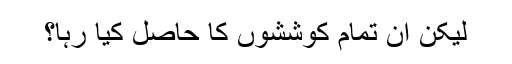
لیکن ان تمام کوششوں کا حاصل کیا رہا؟